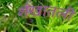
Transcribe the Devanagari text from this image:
शंखातली